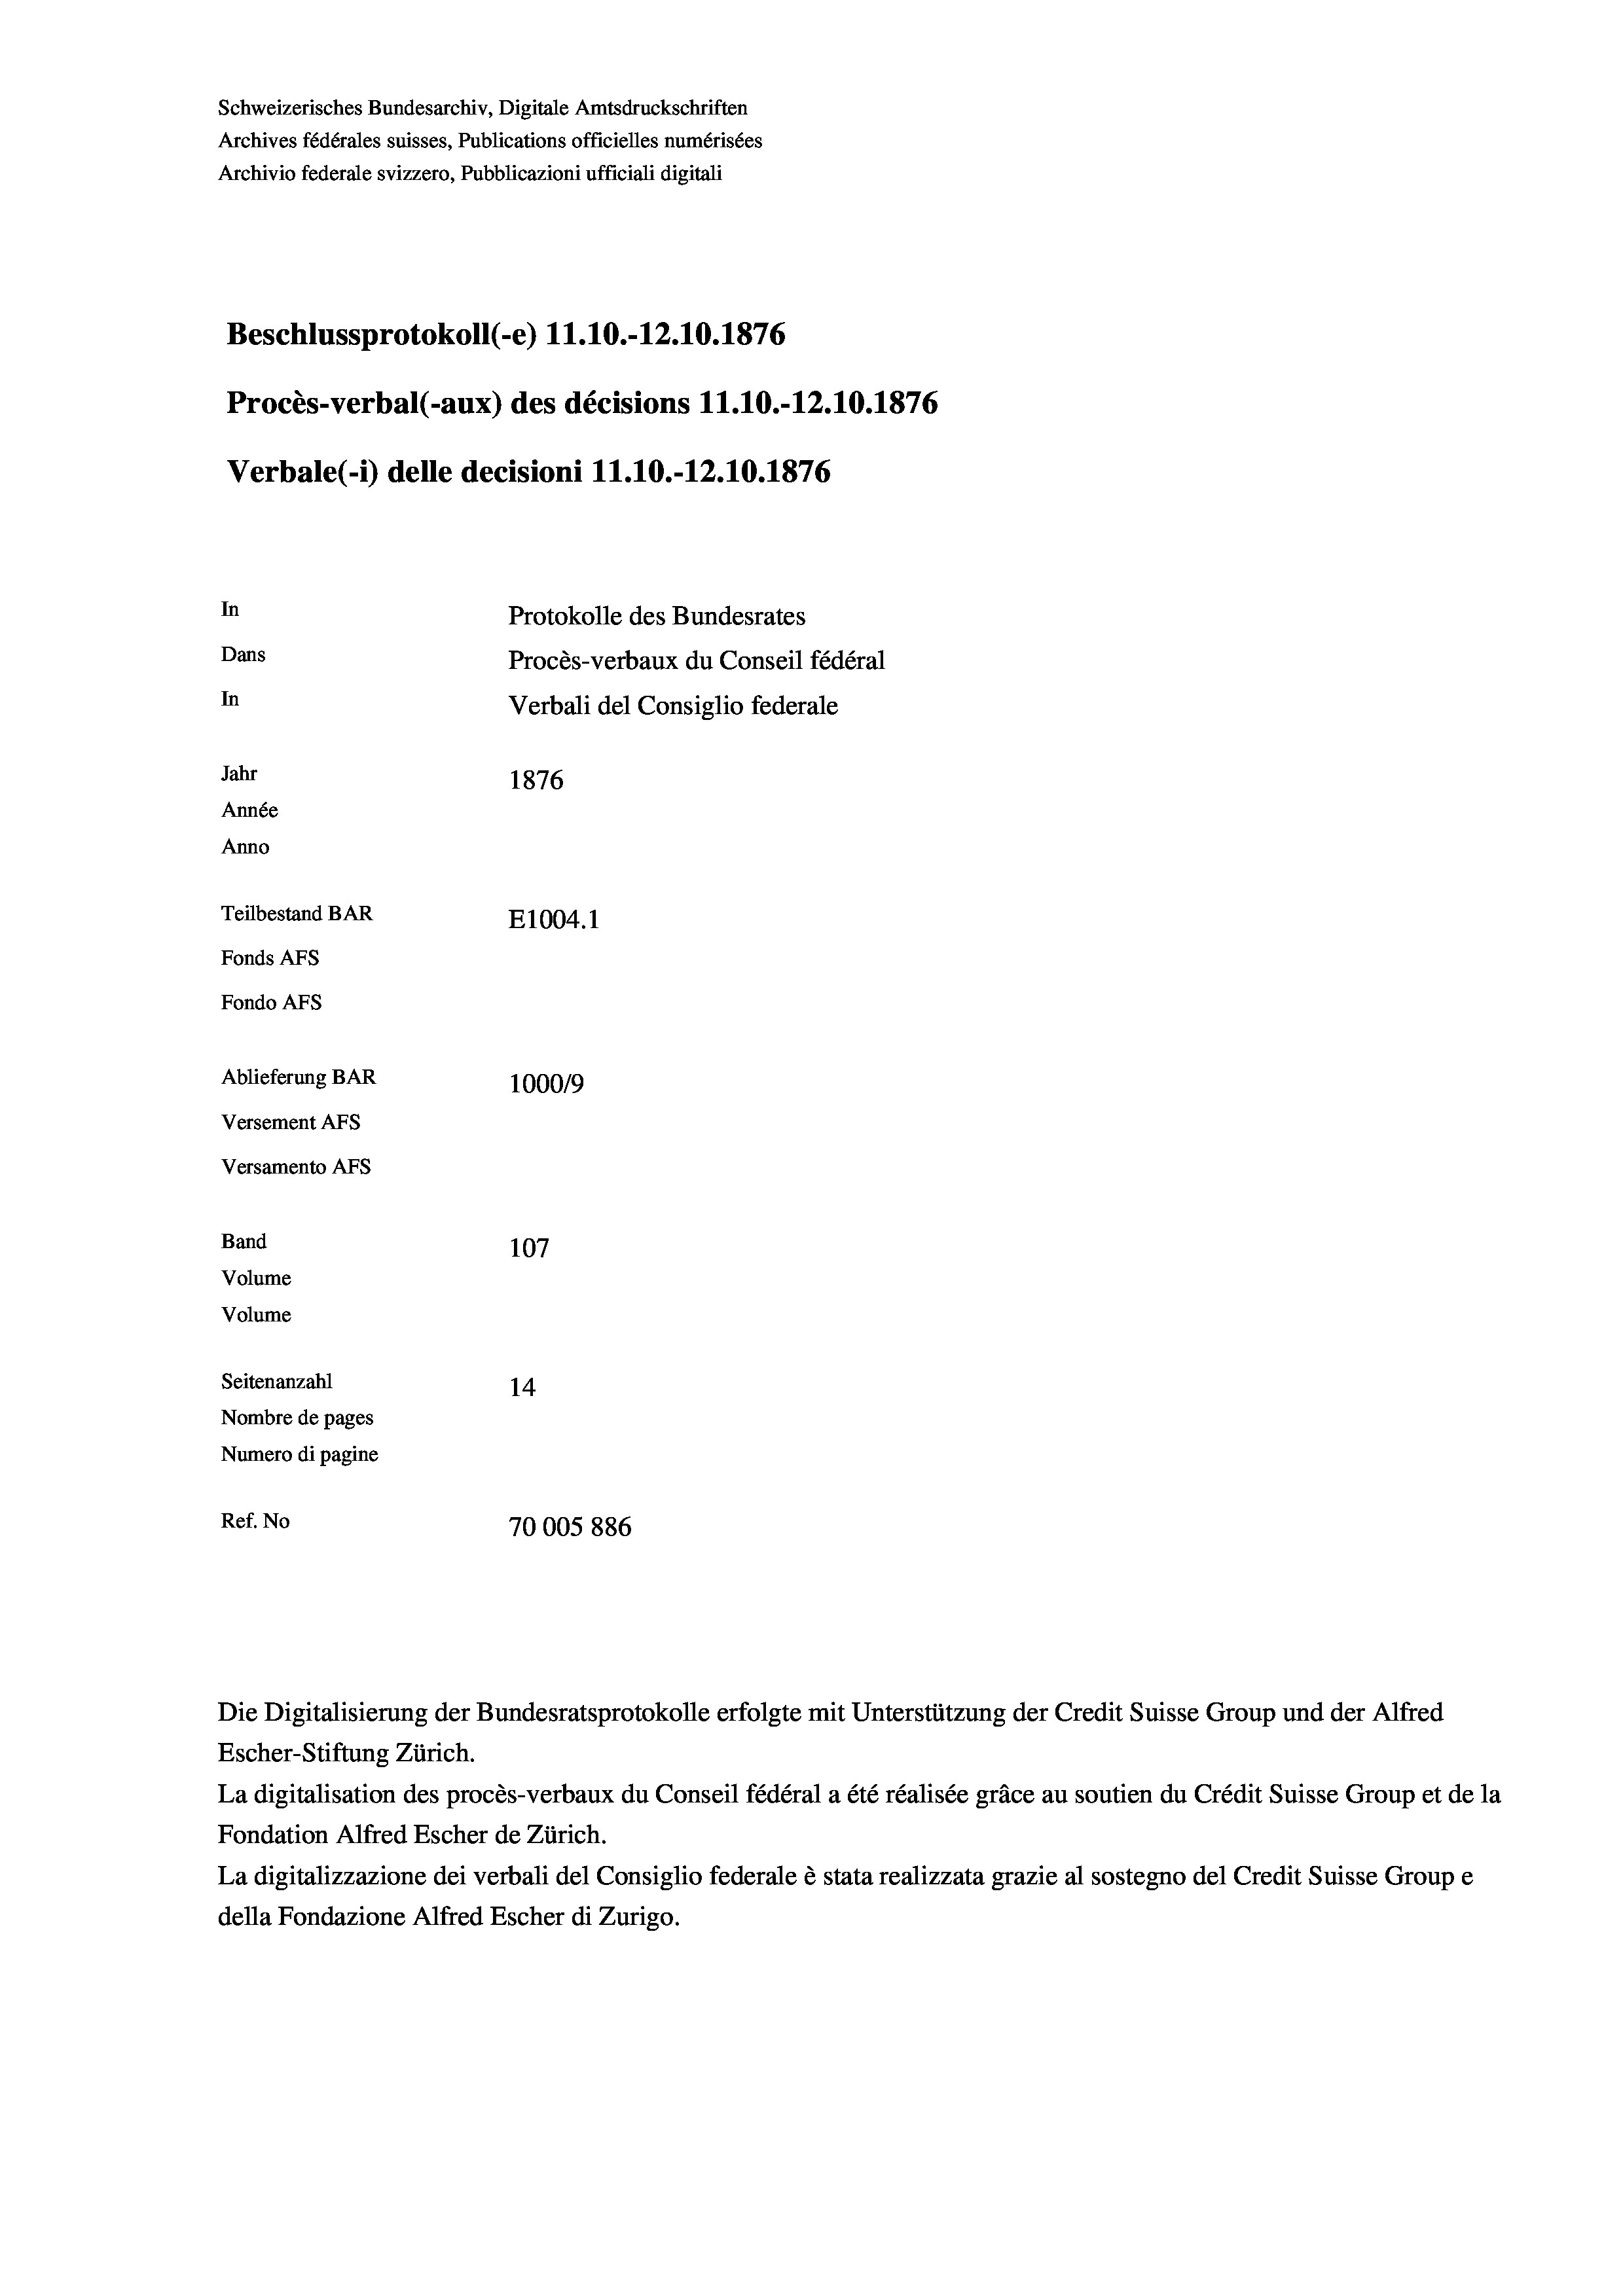
Schweizerisches Bundesarchiv, Digitale Amtsdruckschriften
Archives fédérales suisses, Publications officielles numérisées
Archivio federale svizzero, Pubblicazioni ufficiali digitali
Beschlussprotokoll (-e) 11.10.-12.10.1876
Procès-verbal (-aux) des décisions 11.10.-12.10.1876
Verbale (- 1) delle decisioni 11.10.-12.10.1876
In
Protokolle des Bundesrates
Dans
Procès-verbaux du Conseil fédéral
In
Verbali del Consiglio federale
Jahr
1876
Année
Anno
Teilbestand BAR
E1004.1
Fonds AFs
Fondo Afs
Ablieferung BAR
100019
Versement AFs
Versamento AFS
Band
107
Volume
Volume
Seitenanzahl
14
Nombre de pages
Numero di pagine
Ref. No
70005886

Escher-Stiftung Zürich.
La digitalisation des procès-verbaux du Conseil fédéral a été réalisée gräce au soutien du Crédit Suisse Group et de la
Fondation Alfred Escher de Zürich.
La digitalizzazione dei verbali del Consiglio federale è stata realizzata grazie al sostegno del Credit Suisse Groupe
della Fondazione Alfred Escher di Zurigo.

Die Digitalisierung der Bundesratsprotokolle erfolgte mit Unterstützung der Credit Suisse Group und der Alfred